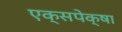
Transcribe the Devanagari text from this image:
एक्सपेक्षा